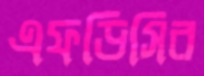
এফডিসির